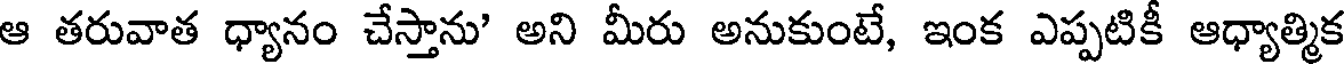
ఆ తరువాత ధ్యానం చేస్తాను' అని మీరు అనుకుంటే, ఇంక ఎప్పటికీ ఆధ్యాత్మిక